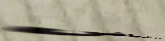
مخبز الرياض